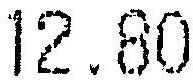
12.80